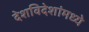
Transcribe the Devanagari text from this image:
देशविदेशांमध्ये